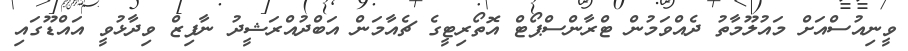
ވީނިއުސްއަށް މައުލޫމާތު ދެއްވަމުން ޓްރާންސްޕޯޓް އޮތޯރިޓީގެ ޗެއާމަން އަބްދުއްރަޝީދު ނާފިޒް ވިދާޅުވީ އައްޑޫގައި